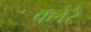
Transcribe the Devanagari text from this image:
क्लेरे